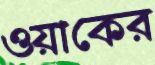
ওয়াকের